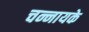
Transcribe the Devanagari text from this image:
चन्नायके